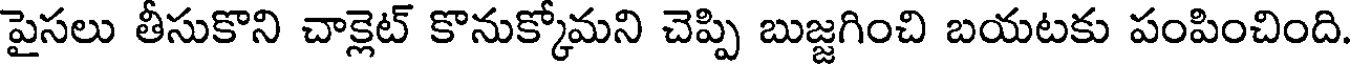
పైసలు తీసుకొని చాక్లెట్ కొనుక్కోమని చెప్పి బుజ్జగించి బయటకు పంపించింది